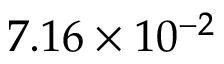
7 . 1 6 \times 1 0 ^ { - 2 }